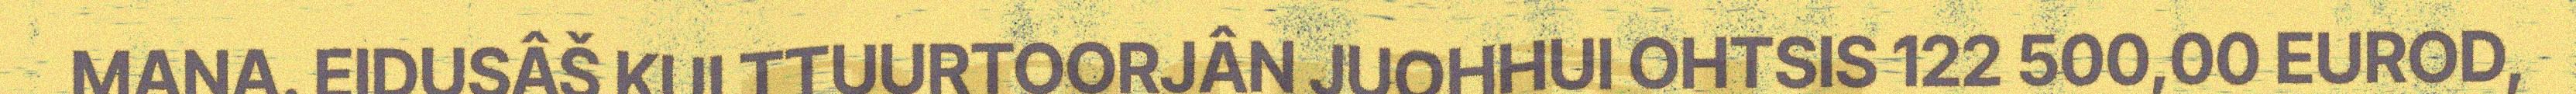
MAŊA. EIDUSÂŠ KULTTUURTOORJÂN JUOHHUI OHTSIS 122 500,00 EUROD,